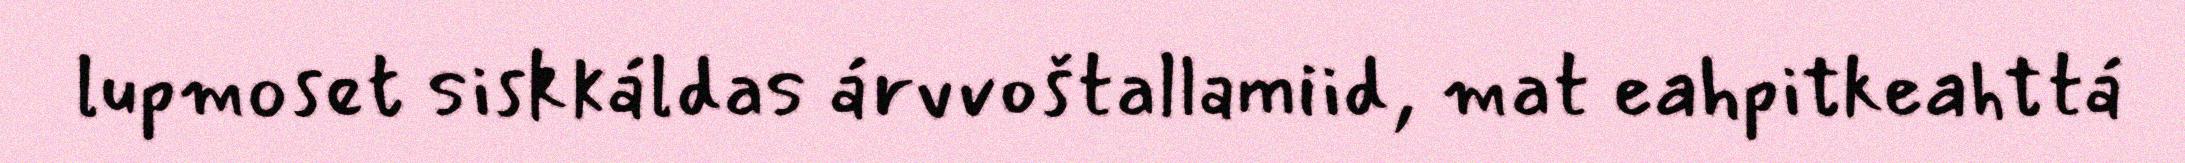
lupmoset siskkáldas árvvoštallamiid, mat eahpitkeahttá